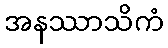
အနဿာသိကံ